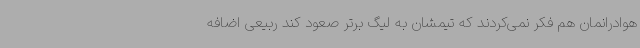
هوادرانمان هم فکر نمی‌کردند که تیمشان به لیگ برتر صعود کند ربیعی اضافه